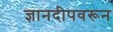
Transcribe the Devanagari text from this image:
ज्ञानदीपवरून